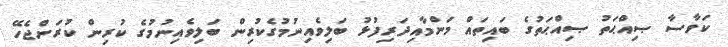
ކަވާސާ ޞިއްޙަތު ޞިއްޙަތުގެ ބައިތައް މަންމާއިދަރިފުޅު ބަލިވެއިނުމުގެކުރިން ބަލިވެއިނުމުގެ ކުރިން ކުރަންޖެހޭ